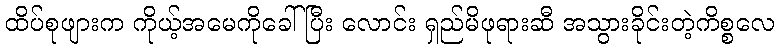
ထိပ်စုဖျားက ကိုယ့်အမေကိုခေါ်ပြီး လောင်း ရှည်မိဖုရားဆီ အသွားခိုင်းတဲ့ကိစ္စလေ